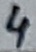
Text: 4